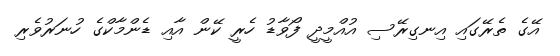
އޭގެ ތެރޭގައި އިނގިރޭސި އުއްމީދީ ފޯވާޑު ހެރީ ކޭން އާއި ޑެންމާކްގެ ހުނަރުވެރި